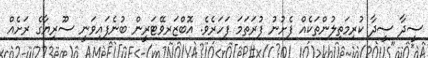
ސީދާ ސީދާ ކުރިމަތިލުންތަކެއް ފެށުނު ފުރަތަމަ ފަހަރެވެ. އޮބްޒަރވޭޓަރީން ބުނެފައިވަނީ ސޫރިޔާގެ ރަށެއް